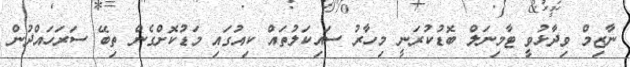
ނާޒިމް ވިދާޅުވީ ޓާމިނަލް ބޮޑުކުރަނީ މިހާރު ސައިކަލުތައް ކިއުގައި މަޑުކޮށްގެން ތިބޭ ސަރަހައްދުން